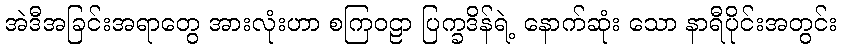
အဲဒီအခြင်းအရာတွေ အားလုံးဟာ စကြဝဠာ ပြက္ခဒိန်ရဲ့ နောက်ဆုံး သော နာရီပိုင်းအတွင်း